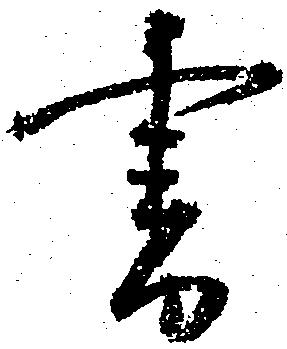
書